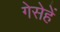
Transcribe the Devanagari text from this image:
गेसेहें